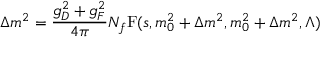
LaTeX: \Delta m ^ { 2 } = \frac { g _ { D } ^ { 2 } + g _ { F } ^ { 2 } } { 4 \pi } N _ { f } \mathrm { F } ( s , m _ { 0 } ^ { 2 } + \Delta m ^ { 2 } , m _ { 0 } ^ { 2 } + \Delta m ^ { 2 } , \Lambda )